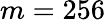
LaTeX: m=256